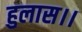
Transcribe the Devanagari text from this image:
हुलास।।